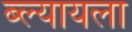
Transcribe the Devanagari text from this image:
ब्ल्यायला